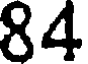
84